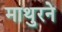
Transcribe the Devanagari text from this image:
माथुरने